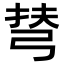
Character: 𢏪